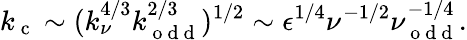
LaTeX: k_{\mathrm{~c~}}\sim(k_{\nu}^{4/3}k_{\mathrm{~o~d~d~}}^{2/3})^{1/2}\sim\epsilon^{1/4}\nu^{-1/2}\nu_{\mathrm{~o~d~d~}}^{-1/4}.